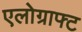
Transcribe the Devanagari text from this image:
एलोग्राफ्ट